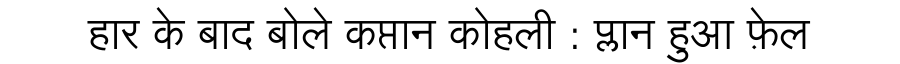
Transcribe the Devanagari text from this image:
हार के बाद बोले कप्तान कोहली : प्लान हुआ फ़ेल